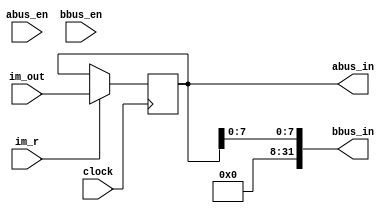
module ir (	input [31:0] im_out,
				input [2:0] abus_en, bbus_en,
				input im_r, clock,
				output wire [31:0] bbus_in,
				output wire [31:0] abus_in);
	
	reg [31:0] data = 32'b0; 
	//reg [31:0] abus = 32'b0;
	//reg [31:0] bbus = 32'b0;
	initial begin
		data = 0;
	end
	/*
	always @(posedge clock)
		begin
			if (bbus_en == 3'b111)
				bbus[7:0] <= data[7:0];
			if (abus_en == 3'b111)
				abus <= data;
		end
	*/
	always @(negedge clock)
		begin 
			if (im_r == 1) 
				data <= im_out;
		end
		
	assign abus_in = data;
	assign bbus_in = data[7:0];
	
endmodule